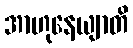
အာဟုနေယျာတိ